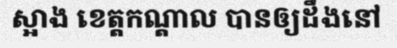
ស្អាង ខេត្តកណ្តាល បានឲ្យដឹងនៅ